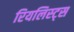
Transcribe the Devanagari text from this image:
रियलिस्ट्स